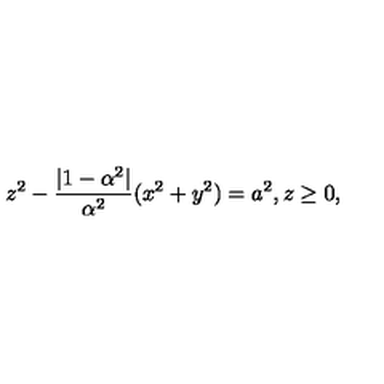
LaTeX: z ^ { 2 } - { \frac { | 1 - \alpha ^ { 2 } | } { \alpha ^ { 2 } } } ( x ^ { 2 } + y ^ { 2 } ) = a ^ { 2 } , z \ge 0 ,